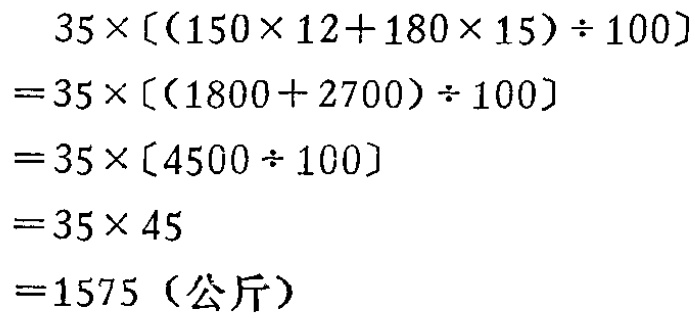
\[
\begin{align*}
&35\times[(150\times12 + 180\times15)\div100]\\
=&35\times[(1800 + 2700)\div100]\\
=&35\times[4500\div100]\\
=&35\times45\\
=&1575 \text{（公斤）}
\end{align*}
\]